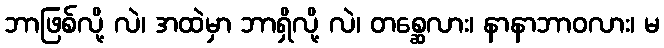
ဘာဖြစ်လို့ လဲ၊ အထဲမှာ ဘာရှိလို့ လဲ၊ တစ္ဆေလား၊ နာနာဘာဝလား၊ မ